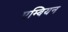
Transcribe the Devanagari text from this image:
एम्बियन